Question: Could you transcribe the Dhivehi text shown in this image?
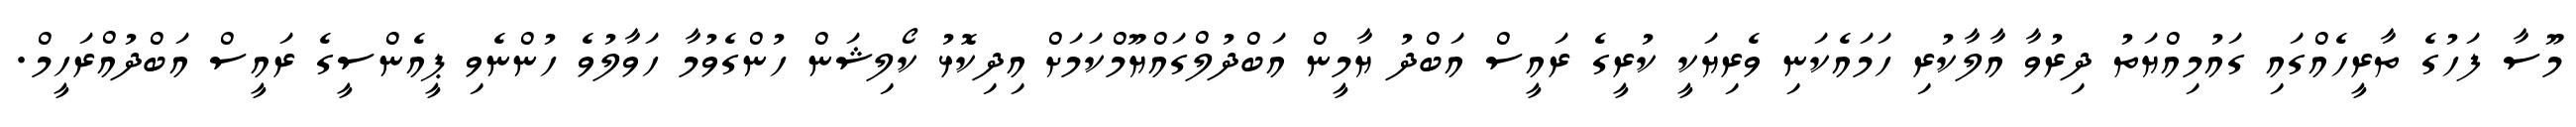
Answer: މޫސާ ފަހުގެ ތާރީހެއްގައި ގައުމިއްޔަތު ދިރުވާ އާލާކުރި ހަމައެކަނި ވެރިޔަކީ ކުރީގެ ރައީސް އަބްދު ޔާމީން އަބްދުލްގައްޔޫމްކަމަށް އިދިކޮޅު ކޯލިޝަން ހުންގެވުމާ ހަވާލުވެ ހުންނެވި ޕީއެންސީގެ ރައީސް އަބްދުއްރަހީމް.